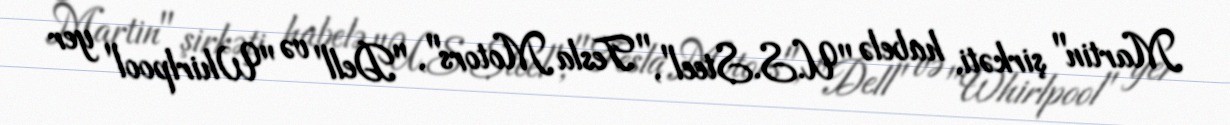
Martin" şirkəti, habelə "U.S.Steel", "Tesla Motors", "Dell" və "Whirlpool" yer